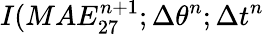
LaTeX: I(MAE_{27}^{n+1};\Delta\theta^{n};\Delta t^{n}